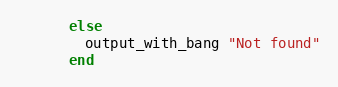
Language: Ruby
      else
        output_with_bang "Not found"
      end